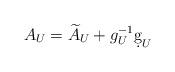
LaTeX: \begin{align*}A_U = \widetilde{A}_U + g_U^{-1} \d g_U\end{align*}